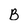
Character: B